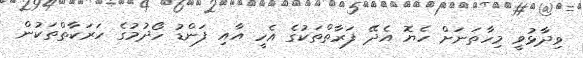
ވިދާޅުވީ މިހާތަނަށް ހެޔޮ އެދޭ ފަރާތްތަކުގެ އެހީ އާއި ފަންޑު ހޯދުމުގެ ހަރަކާތްތަކުން